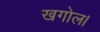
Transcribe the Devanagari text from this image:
खगोल।